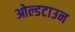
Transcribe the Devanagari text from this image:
ओल्डटाउन